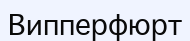
Випперфюрт